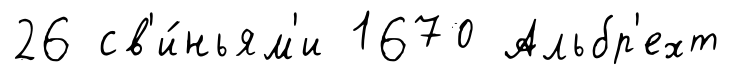
26 св'и́ньям'и 1670 Альбр'ехт